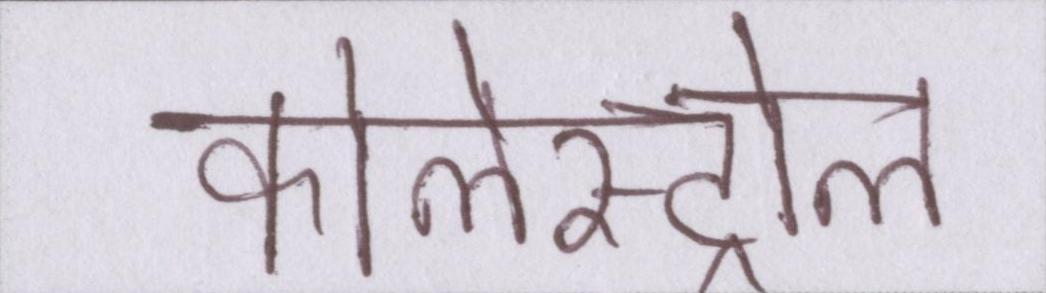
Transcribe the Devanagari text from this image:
कोलेस्ट्रोल